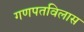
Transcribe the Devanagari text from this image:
गणपतविलास